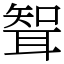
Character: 聟